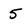
Character: 5